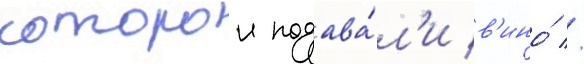
которои подава́л'и в'ино́ //